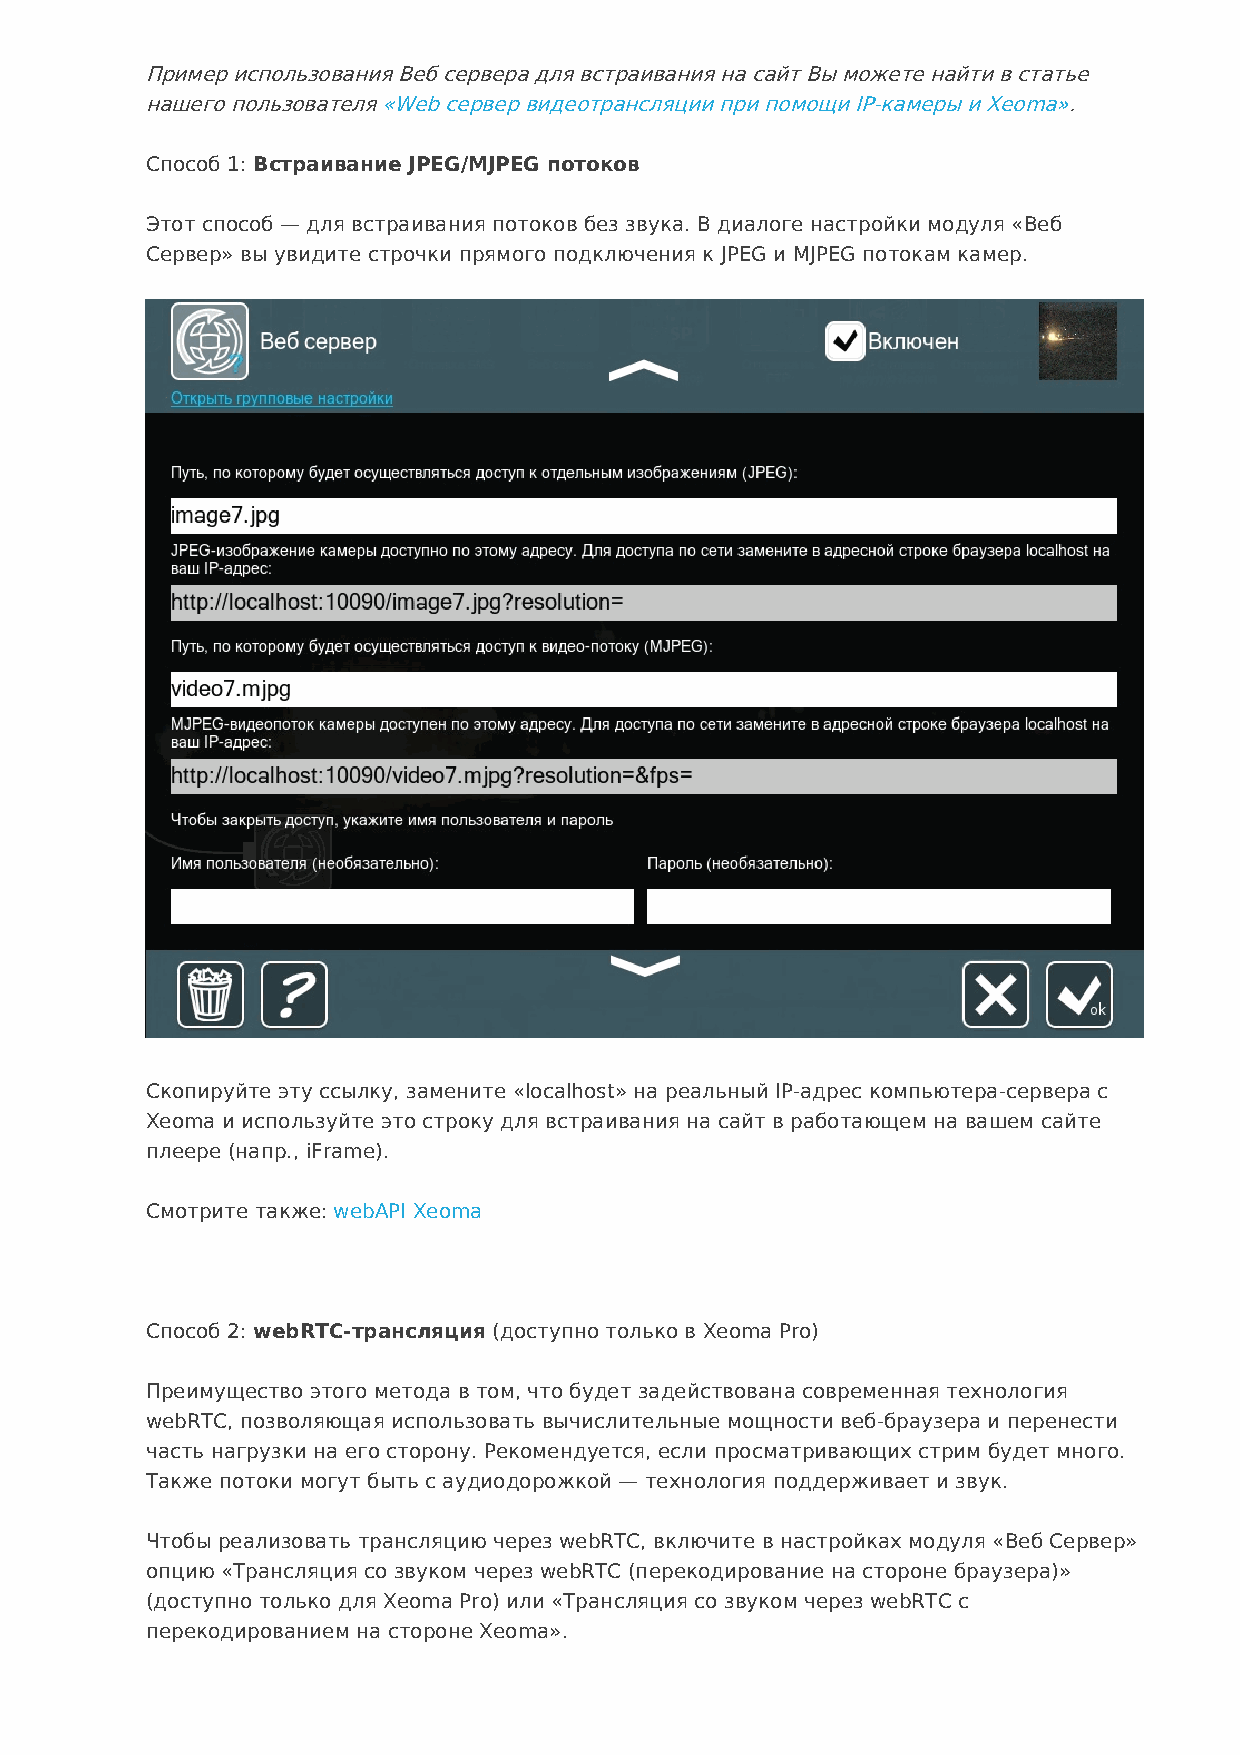
Пример использования Веб сервера для встраивания на сайт Вы можете найти в статье
 нашего пользователя «Web сервер видеотрансляции при помощи IP-камеры и Xeoma».
 Способ 1: Встраивание JPEG/MJPEG потоков
 Этот способ — для встраивания потоков без звука. В диалоге настройки модуля «Веб
 Сервер» вы увидите строчки прямого подключения к JPEG и MJPEG потокам камер.
 Скопируйте эту ссылку, замените «localhost» на реальный IP-адрес компьютера-сервера с
 Xeoma и используйте это строку для встраивания на сайт в работающем на вашем сайте
 плеере (напр., iFrame).
 Смотрите также: webAPI Xeoma
 Способ 2: webRTC-трансляция (доступно только в Xeoma Pro)
 Преимущество этого метода в том, что будет задействована современная технология
 webRTC, позволяющая использовать вычислительные мощности веб-браузера и перенести
 часть нагрузки на его сторону. Рекомендуется, если просматривающих стрим будет много.
 Также потоки могут быть с аудиодорожкой — технология поддерживает и звук.
 Чтобы реализовать трансляцию через webRTC, включите в настройках модуля «Веб Сервер»
 опцию «Трансляция со звуком через webRTC (перекодирование на стороне браузера)»
 (доступно только для Xeoma Pro) или «Трансляция со звуком через webRTC с
 перекодированием на стороне Xeoma».